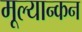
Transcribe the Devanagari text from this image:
मूल्यान्कन